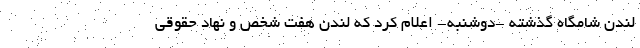
لندن شامگاه گذشته -‌دوشنبه- اعلام کرد که لندن هفت شخص و نهاد حقوقی